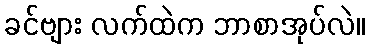
ခင်ဗျား လက်ထဲက ဘာစာအုပ်လဲ။